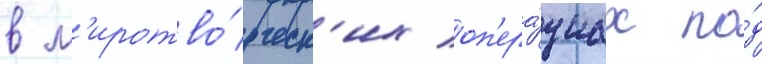
в м'иротво́рческ'их оп'ера́циах по́д